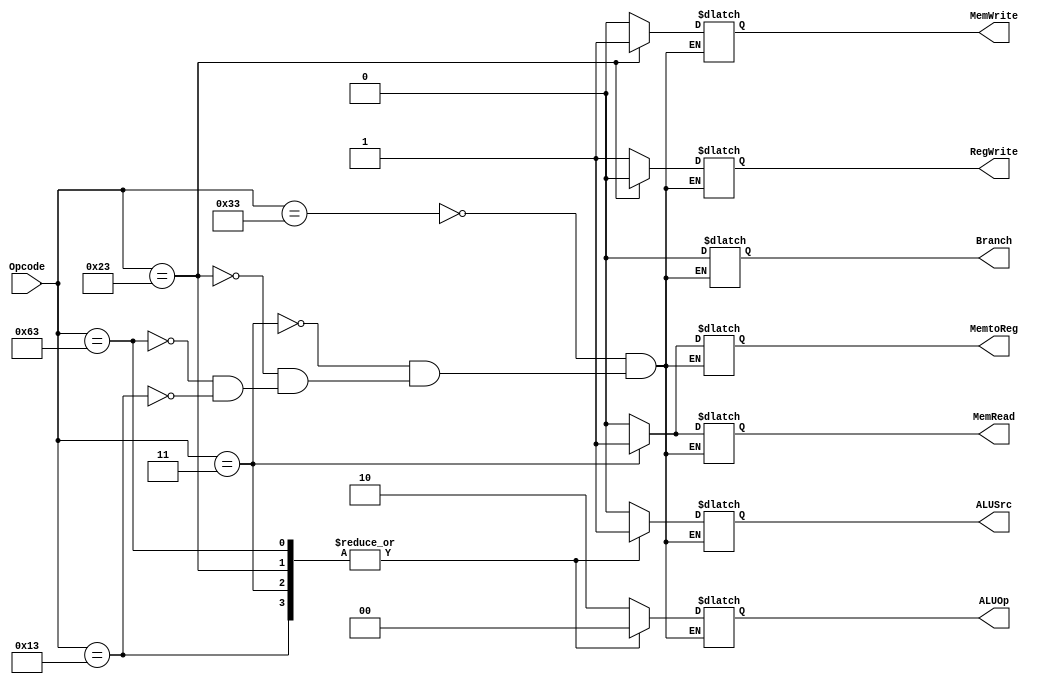
module Control_Unit
(
  input [6:0] Opcode,
  output reg Branch, MemRead, MemtoReg, MemWrite, ALUSrc, RegWrite,
  output reg [1:0] ALUOp
);

always @ (Opcode)
begin
  case ({Opcode})
    7'b0110011 :
    begin 
      ALUSrc <= 1'b0; 
      MemtoReg <= 1'b0; 
      RegWrite <= 1'b1; 
      MemRead <= 1'b0;
      MemWrite <= 1'b0;
      Branch <= 1'b0;
      ALUOp <= 2'b10;
    end
    7'b0000011 :
    begin
      ALUSrc <= 1'b1; 
      MemtoReg <= 1'b1; 
      RegWrite <= 1'b1; 
      MemRead <= 1'b1;
      MemWrite <= 1'b0;
      Branch <= 1'b0;
      ALUOp <= 2'b00;
    end
    7'b0100011 :
    begin
      ALUSrc <= 1'b1; 
      MemtoReg <= 1'b0; 
      RegWrite <= 1'b0; 
      MemRead <= 1'b0;
      MemWrite <= 1'b1;
      Branch <= 1'b0;
      ALUOp <= 2'b00;
    end
    7'b1100011 :
    begin
      ALUSrc <= 1'b1; 
      MemtoReg <= 1'b0; 
      RegWrite <= 1'b1; 
      MemRead <= 1'b0;
      MemWrite <= 1'b0;
      Branch <= 1'b0;
      ALUOp <= 2'b00;
    end 
    7'b0010011 :
    begin
      ALUSrc <= 1'b1; 
      MemtoReg <= 1'b0; 
      RegWrite <= 1'b1; 
      MemRead <= 1'b0;
      MemWrite <= 1'b0;
      Branch <= 1'b0;
      ALUOp <= 2'b00;
    end
  endcase 
end


endmodule